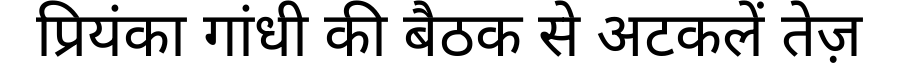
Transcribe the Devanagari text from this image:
प्रियंका गांधी की बैठक से अटकलें तेज़